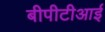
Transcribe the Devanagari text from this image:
बीपीटीआई